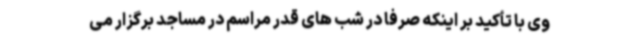
وی با تأکید بر اینکه صرفاً در شب های قدر مراسم در مساجد برگزار می